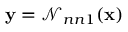
\mathbf { y } = { \mathcal { N } _ { n n 1 } } ( \mathbf { x } )